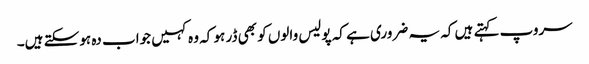
سروپ کہتے ہیں کہ یہ ضروری ہے کہ پولیس والوں کو بھی ڈر ہو کہ وہ کہیں جواب دہ ہوسکتے ہیں۔